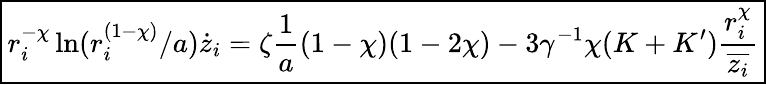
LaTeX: \boxed{r_{i}^{-\chi}\ln(r_{i}^{(1-\chi)}/a)\dot{z}_{i}=\zeta\frac{1}{a}(1-\chi)(1-2\chi)-3\gamma^{-1}\chi(K+K^{\prime})\frac{r_{i}^{\chi}}{\overline{{z_{i}}}}}